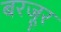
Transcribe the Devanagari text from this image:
बरजूर